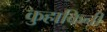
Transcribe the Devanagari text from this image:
कुहाकिनी